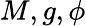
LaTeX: M,g,\phi